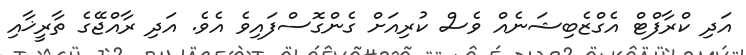
އަދި ކްރާފްޓް އެގްޒެބިޝަނެއް ވެސް ކުރިއަށް ގެންގޮސްފައިވެ އެވެ. އަދި ރާއްޖޭގެ ތާރީޚާއި